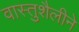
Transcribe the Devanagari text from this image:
वास्तुशैलीने